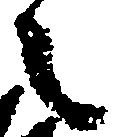
之